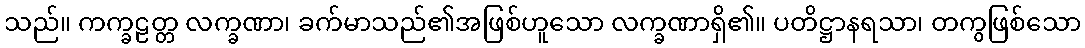
သည်။ ကက္ခဠတ္တ လက္ခဏာ၊ ခက်မာသည်၏အဖြစ်ဟူသော လက္ခဏာရှိ၏။ ပတိဋ္ဌာနရသာ၊ တကွဖြစ်သော